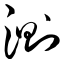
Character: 测